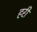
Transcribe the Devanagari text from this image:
हरीं